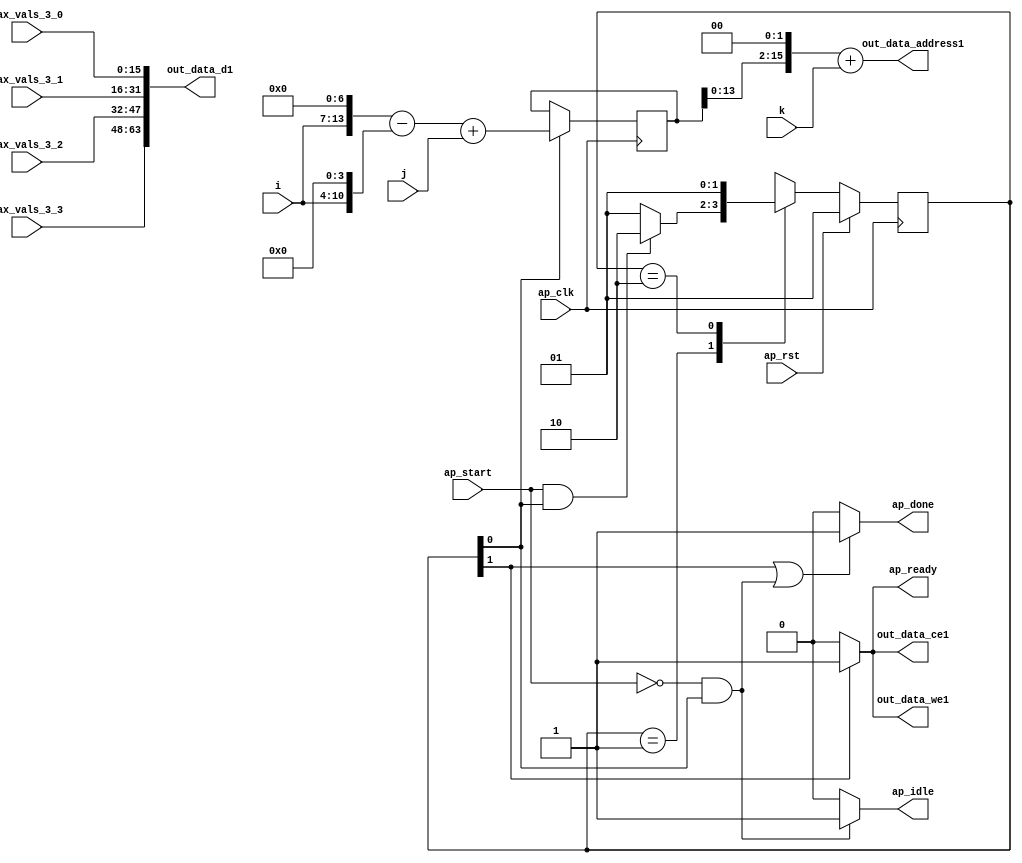
`define EXPONENT 5
`define MANTISSA 10
`define ACTUAL_MANTISSA 11
`define EXPONENT_LSB 10
`define EXPONENT_MSB 14
`define MANTISSA_LSB 0
`define MANTISSA_MSB 9
`define MANTISSA_MUL_SPLIT_LSB 3
`define MANTISSA_MUL_SPLIT_MSB 9
`define SIGN 1
`define SIGN_LOC 15
`define DWIDTH (`SIGN+`EXPONENT+`MANTISSA)
`define IEEE_COMPLIANCE 1

module td_fused_top_tdf1_writeOutputs_aligned (
        ap_clk,
        ap_rst,
        ap_start,
        ap_done,
        ap_idle,
        ap_ready,
        i,
        j,
        k,
        out_data_address1,
        out_data_ce1,
        out_data_we1,
        out_data_d1,
        max_vals_3_0,
        max_vals_3_1,
        max_vals_3_2,
        max_vals_3_3
);

parameter    ap_ST_fsm_state1 = 2'd1;
parameter    ap_ST_fsm_state2 = 2'd2;

input   ap_clk;
input   ap_rst;
input   ap_start;
output   ap_done;
output   ap_idle;
output   ap_ready;
input  [6:0] i;
input  [13:0] j;
input  [3:0] k;
output  [15:0] out_data_address1;
output   out_data_ce1;
output   out_data_we1;
output  [63:0] out_data_d1;
input  [15:0] max_vals_3_0;
input  [15:0] max_vals_3_1;
input  [15:0] max_vals_3_2;
input  [15:0] max_vals_3_3;

reg ap_done;
reg ap_idle;
reg ap_ready;
reg out_data_ce1;
reg out_data_we1;

  reg   [1:0] ap_CS_fsm;
wire    ap_CS_fsm_state1;
wire   [15:0] add_ln123_fu_117_p2;
reg   [15:0] add_ln123_reg_188;
wire   [63:0] zext_ln123_10_fu_142_p1;
wire    ap_CS_fsm_state2;
wire   [13:0] tmp_fu_79_p3;
wire   [10:0] tmp_s_fu_91_p3;
wire   [14:0] zext_ln123_fu_87_p1;
wire   [14:0] zext_ln123_7_fu_99_p1;
wire   [14:0] sub_ln123_fu_103_p2;
wire   [15:0] sub_ln123_cast15_fu_109_p1;
wire   [15:0] zext_ln123_8_fu_113_p1;
wire   [15:0] shl_ln123_fu_123_p2;
wire   [15:0] zext_ln123_9_fu_132_p1;
wire   [15:0] add_ln123_4_fu_136_p2;
wire   [15:0] bitcast_ln123_12_fu_171_p1;
wire   [15:0] bitcast_ln123_11_fu_163_p1;
wire   [15:0] bitcast_ln123_10_fu_155_p1;
wire   [15:0] bitcast_ln123_fu_147_p1;
reg   [1:0] ap_NS_fsm;
wire    ap_ce_reg;

// power-on initialization
initial begin
#0 ap_CS_fsm = 2'd1;
end

always @ (posedge ap_clk) begin
    if (ap_rst == 1'b1) begin
        ap_CS_fsm <= ap_ST_fsm_state1;
    end else begin
        ap_CS_fsm <= ap_NS_fsm;
    end
end

always @ (posedge ap_clk) begin
    if ((1'b1 == ap_CS_fsm_state1)) begin
        add_ln123_reg_188 <= add_ln123_fu_117_p2;
    end
end

always @ (*) begin
    if (((1'b1 == ap_CS_fsm_state2) | ((ap_start == 1'b0) & (1'b1 == ap_CS_fsm_state1)))) begin
        ap_done = 1'b1;
    end else begin
        ap_done = 1'b0;
    end
end

always @ (*) begin
    if (((ap_start == 1'b0) & (1'b1 == ap_CS_fsm_state1))) begin
        ap_idle = 1'b1;
    end else begin
        ap_idle = 1'b0;
    end
end

always @ (*) begin
    if ((1'b1 == ap_CS_fsm_state2)) begin
        ap_ready = 1'b1;
    end else begin
        ap_ready = 1'b0;
    end
end

always @ (*) begin
    if ((1'b1 == ap_CS_fsm_state2)) begin
        out_data_ce1 = 1'b1;
    end else begin
        out_data_ce1 = 1'b0;
    end
end

always @ (*) begin
    if ((1'b1 == ap_CS_fsm_state2)) begin
        out_data_we1 = 1'b1;
    end else begin
        out_data_we1 = 1'b0;
    end
end

always @ (*) begin
    case (ap_CS_fsm)
        ap_ST_fsm_state1 : begin
            if (((ap_start == 1'b1) & (1'b1 == ap_CS_fsm_state1))) begin
                ap_NS_fsm = ap_ST_fsm_state2;
            end else begin
                ap_NS_fsm = ap_ST_fsm_state1;
            end
        end
        ap_ST_fsm_state2 : begin
            ap_NS_fsm = ap_ST_fsm_state1;
        end
        default : begin
            ap_NS_fsm = 'bx;
        end
    endcase
end

assign add_ln123_4_fu_136_p2 = (shl_ln123_fu_123_p2 + zext_ln123_9_fu_132_p1);

assign add_ln123_fu_117_p2 = (sub_ln123_cast15_fu_109_p1 + zext_ln123_8_fu_113_p1);

assign ap_CS_fsm_state1 = ap_CS_fsm[32'd0];

assign ap_CS_fsm_state2 = ap_CS_fsm[32'd1];

assign bitcast_ln123_10_fu_155_p1 = max_vals_3_1;

assign bitcast_ln123_11_fu_163_p1 = max_vals_3_2;

assign bitcast_ln123_12_fu_171_p1 = max_vals_3_3;

assign bitcast_ln123_fu_147_p1 = max_vals_3_0;

assign out_data_address1 = zext_ln123_10_fu_142_p1;

assign out_data_d1 = {{{{bitcast_ln123_12_fu_171_p1}, {bitcast_ln123_11_fu_163_p1}}, {bitcast_ln123_10_fu_155_p1}}, {bitcast_ln123_fu_147_p1}};

assign shl_ln123_fu_123_p2 = add_ln123_reg_188 << 16'd2;

assign sub_ln123_cast15_fu_109_p1 = sub_ln123_fu_103_p2;

assign sub_ln123_fu_103_p2 = (zext_ln123_fu_87_p1 - zext_ln123_7_fu_99_p1);

assign tmp_fu_79_p3 = {{i}, {7'd0}};

assign tmp_s_fu_91_p3 = {{i}, {4'd0}};

assign zext_ln123_10_fu_142_p1 = add_ln123_4_fu_136_p2;

assign zext_ln123_7_fu_99_p1 = tmp_s_fu_91_p3;

assign zext_ln123_8_fu_113_p1 = j;

assign zext_ln123_9_fu_132_p1 = k;

assign zext_ln123_fu_87_p1 = tmp_fu_79_p3;

endmodule //td_fused_top_tdf1_writeOutputs_aligned